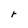
Character: r